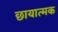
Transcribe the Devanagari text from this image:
छायात्मक